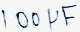
Text: 100µF